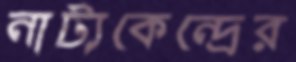
নাট্যকেন্দ্রের